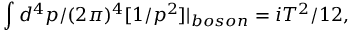
\int d ^ { 4 } p / ( 2 \pi ) ^ { 4 } [ 1 / p ^ { 2 } ] | _ { b o s o n } = i T ^ { 2 } / 1 2 ,